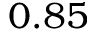
0 . 8 5